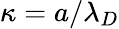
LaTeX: {\kappa}={a}/{\lambda_{D}}